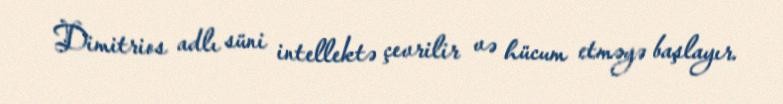
Dimitrios adlı süni intellektə çevrilir və hücum etməyə başlayır.